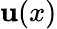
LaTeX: \textbf{u}(x)